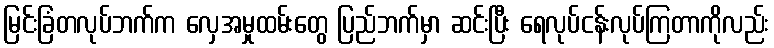
မြင်းခြံတလုပ်ဘက်က လှေအမှုထမ်းတွေ ပြည်ဘက်မှာ ဆင်းပြီး ရေလုပ်ငန်းလုပ်ကြတာကိုလည်း